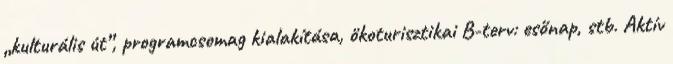
„kulturális út”, programcsomag kialakítása, ökoturisztikai B-terv: esőnap, stb. Aktív